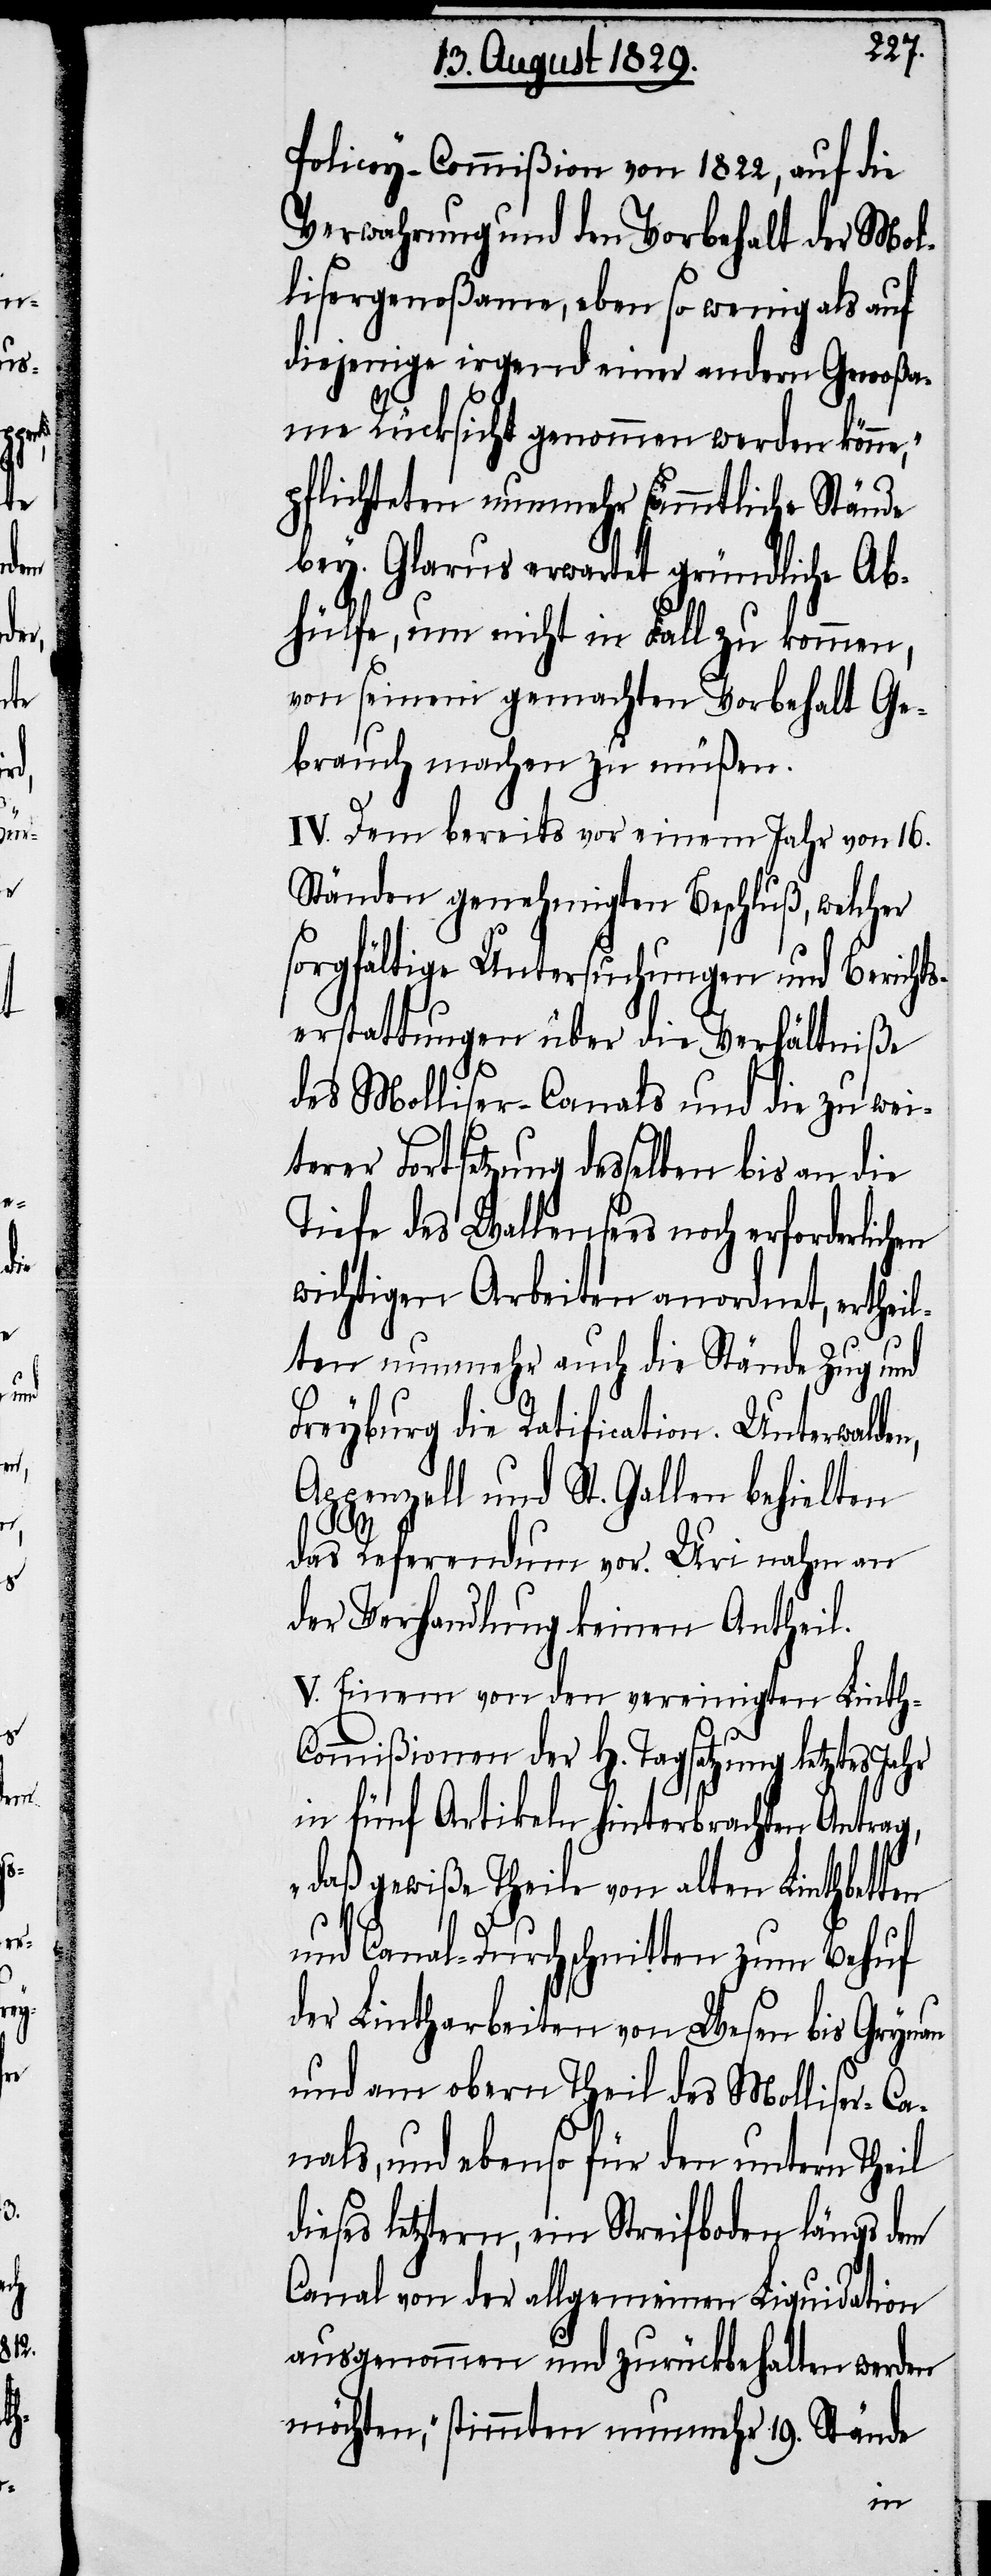
Policey-Commißion von 1822, auf die
Verwahrung und den Vorbehalt der Mol¬
lisergenoßame, eben so wenig als auf
diejenige irgend einer andern Genoßa¬
me Rücksicht genommen werden könne“,
pflichteten nunmehr sämmtliche Stände
bey. Glarus erwartet gründliche Ab¬
hülfe, um nicht in Fall zu kommen,
von seinem gemachten Vorbehalt Ge¬
brauch machen zu müßen.
IV. Dem bereits vor einem Jahr von 16.
Ständen genehmigten Beschluß, welcher
sorgfältige Untersuchungen und Berichts¬
erstattungen über die Verhältniße
des Molliser-Canals und die zu wei¬
terer Fortsetzung desselben bis an die
Tiefe des Wallensees noch erforderlich¬
wichtigen Arbeiten anordnet, ertheil¬
ten nunmehr auch die Stände Zug und
Freyburg die Ratification. Unterwalden,
Appenzell und St. Gallen behielten
das Referendum vor. Uri nahm an
der Verhandlung keinen Antheil.
V. Einem von den vereinigten Linth-C¬
ommißionen der H. Tagsatzung letztes Jahr
in fünf Artikeln hinterbrachten Antrag,
„daß gewiße Theile von alten Linthbetten
und Canal-Durchschnitten zum Behuf
der Lintharbeiten von Wesen bis Grynau
und am obern Theil des Molliser-Ca¬
nals, und ebenso für den untern Theil
dieses letztern, ein Streifboden längs dem
Canal von der allgemeinen Liquidation
ausgenommen und zurückbehalten werden
möchte“, stimmten nunmehr 19. Stände
en